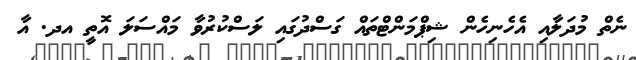
ނެތް މުދަލާއި އެހެނިހެން ޝިޕްމަންޓްތައް ގަސްދުގައި ލަސްކުރުވާ މައްސަލަ އޮތީ އދ. އާ